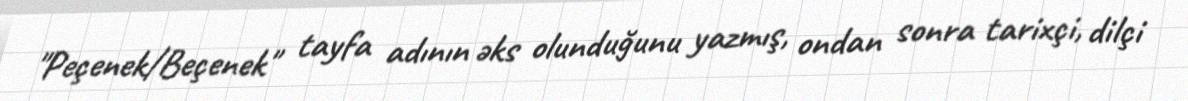
"Peçenek/Beçenek" tayfa adının əks olunduğunu yazmış, ondan sonra tarixçi, dilçi